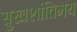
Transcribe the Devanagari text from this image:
सुखशांतिमय